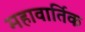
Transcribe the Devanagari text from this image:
महावार्तिक